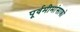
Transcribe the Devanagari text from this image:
पूर्वमीमांसाकाे